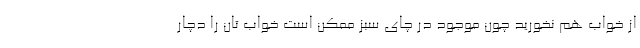
از خواب هم نخورید چون موجود در چای سبز ممکن است خواب تان را دچار